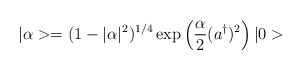
\begin{align*}|\alpha> = (1-|\alpha|^2)^{1/4} \exp \left( \frac{\alpha}{2} (a^{\dagger})^2 \right) |0>\end{align*}